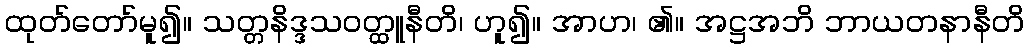
ထုတ်တော်မူ၍။ သတ္တနိဒ္ဒသဝတ္ထူနီတိ၊ ဟူ၍။ အာဟ၊ ၏။ အဋ္ဌအဘိ ဘာယတနာနီတိ